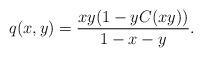
LaTeX: \begin{align*}q(x,y)=\frac{xy(1-yC(xy))}{1-x-y}.\end{align*}